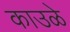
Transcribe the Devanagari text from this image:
काउळे